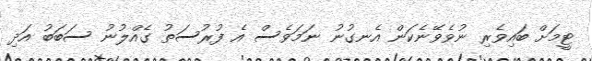
ޓީމަށް ބައިވެރި ނުވެވޭނެކަން އެނގުނު ނަމަވެސް އެ ފުރުސަތު ގެއްލުނު ސަބަބު އަދި